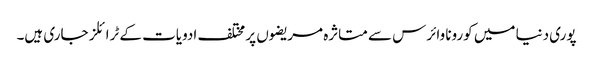
پوری دنیا میں کورونا وائرس سے متاثرہ مریضوں پر مختلف ادویات کے ٹرائلز جاری ہیں۔